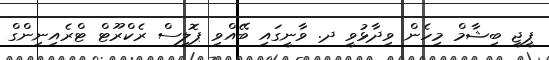
ޕީޖީ ބިޝާމް މިހެން ވިދާޅުވީ ދ. ވާނީގައި ބޭއްވި ޕޮލިސް ރެކްރޫޓް ޓްރެއިނިންގް